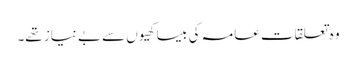
وہ تعلقات عامہ کی بیساکھیوں سے بے نیاز تھے۔